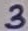
Text: 3